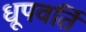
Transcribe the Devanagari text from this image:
धूपवर्ति